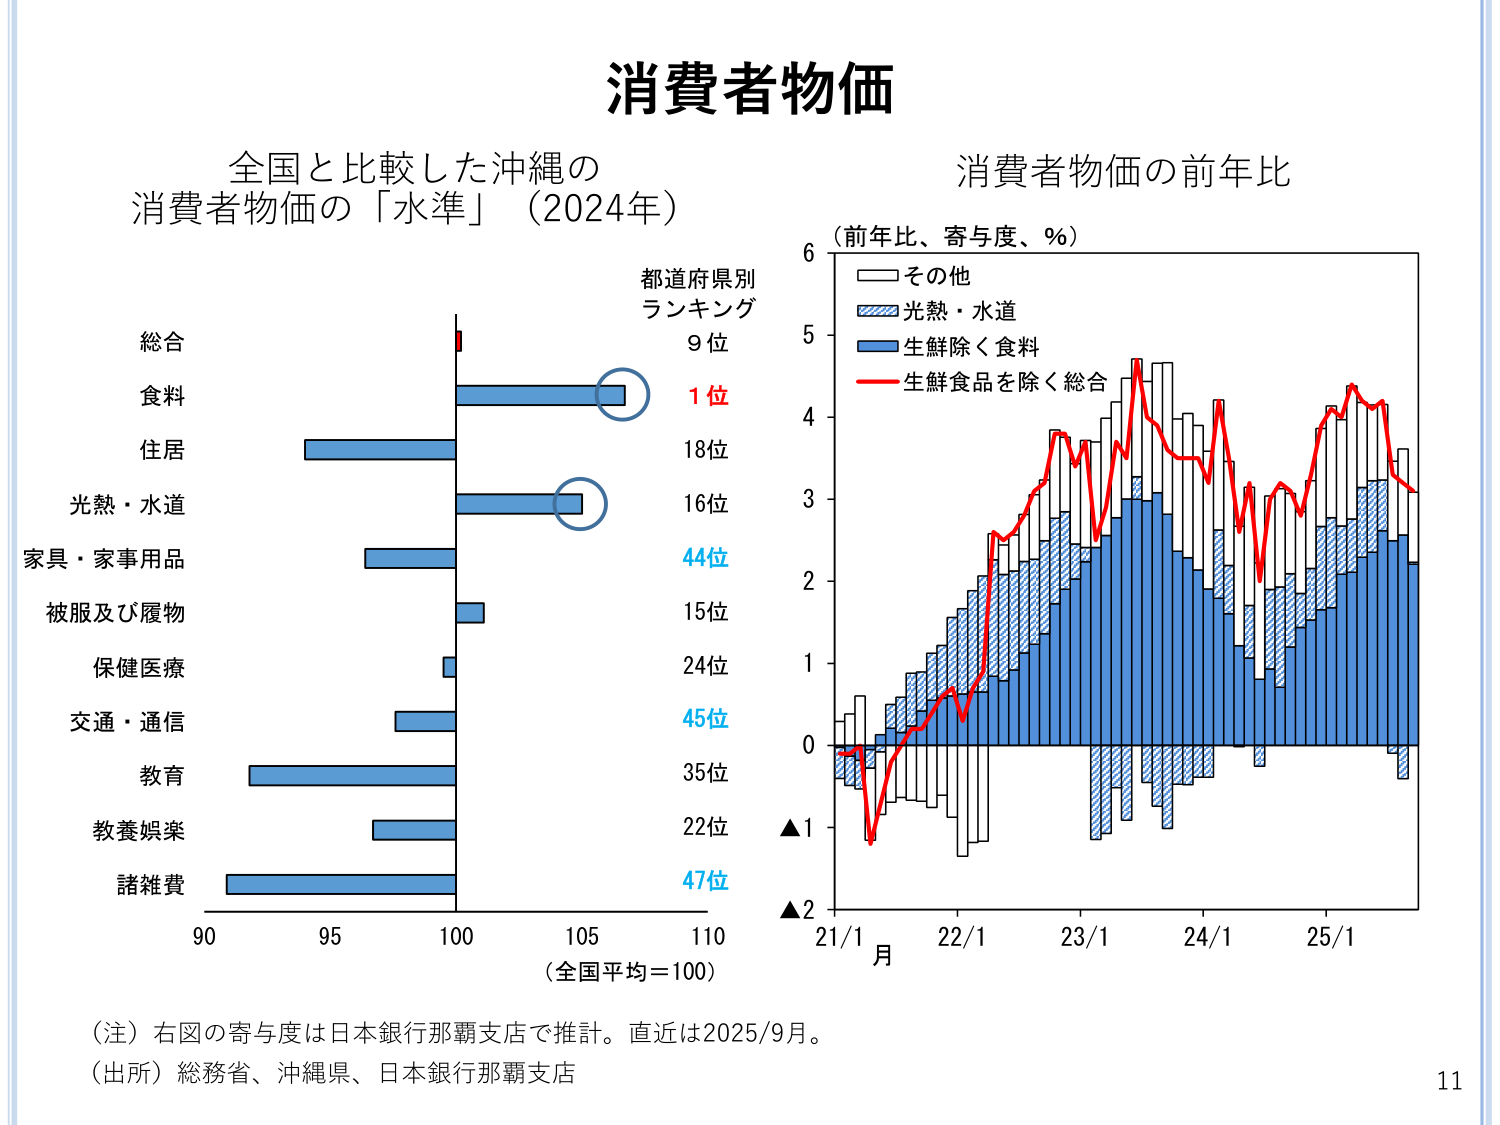
消費者物価

全国と比較した沖縄の
消費者物価の「水準」（2024年）

都道府県別
ランキング

総合
9位

食料
1位

住居
18位

光熱・水道
16位

家具・家事用品
44位

被服及び履物
15位

保健医療
24位

交通・通信
45位

教育
35位

教養娯楽
22位

諸雑費
47位

（全国平均＝100）

消費者物価の前年比
（前年比、寄与度、％）

□その他
■光熱・水道
■生鮮除く食料
—生鮮食品を除く総合

6
5
4
3
2
1
0
▲1
▲2

21/1 22/1 23/1 24/1 25/1
月

（注）右図の寄与度は日本銀行那覇支店で推計。直近は2025/9月。
（出所）総務省、沖縄県、日本銀行那覇支店

11